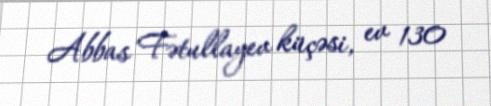
Abbas Fətullayev küçəsi, ev 130